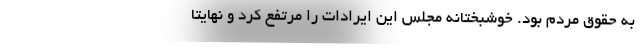
به حقوق مردم بود. خوشبختانه مجلس این ایرادات را مرتفع کرد و نهایتا